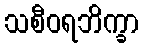
သစီဝရဘိက္ခာ